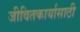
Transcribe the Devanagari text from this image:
जीवितकार्यासाठी